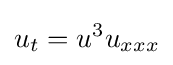
\displaystyle u_{t}=u^{3}u_{xxx}